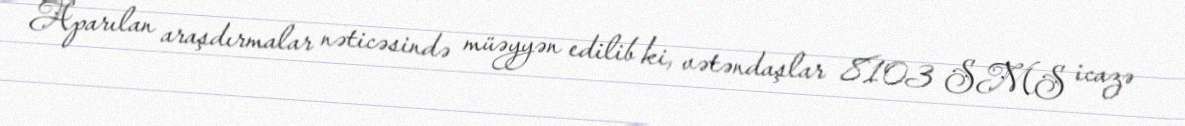
Aparılan araşdırmalar nəticəsində müəyyən edilib ki, vətəndaşlar 8103 SMS icazə